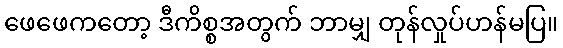
ဖေဖေကတော့ ဒီကိစ္စအတွက် ဘာမျှ တုန်လှုပ်ဟန်မပြ။